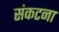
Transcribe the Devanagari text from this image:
संकटना